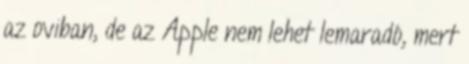
az oviban, de az Apple nem lehet lemaradó, mert